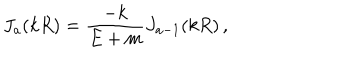
LaTeX: J _ { a } ( k R ) = \frac { - k } { E + m } J _ { a - 1 } ( k R ) \, ,